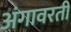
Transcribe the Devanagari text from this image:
अंगावरती